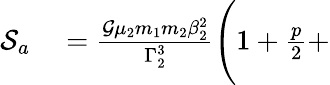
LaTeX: \begin{array}{rl}{\mathcal{S}_{a}}&{{}=\frac{\mathcal{G}\mu_{2}m_{1}m_{2}\beta_{2}^{2}}{\Gamma_{2}^{3}}\Bigg(1+\frac{p}{2}+}\end{array}